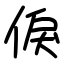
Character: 㑦